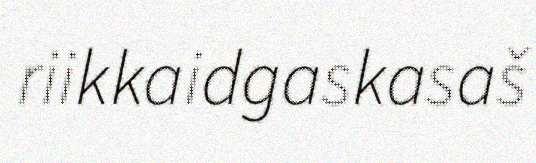
riikkaidgaskasaš